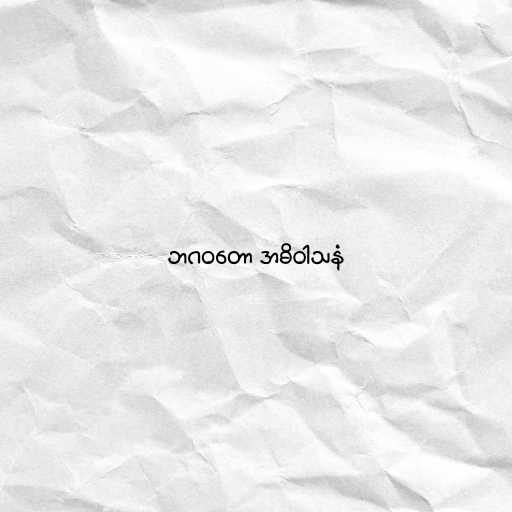
ဘဂဝတော အဓိဝါသနံ